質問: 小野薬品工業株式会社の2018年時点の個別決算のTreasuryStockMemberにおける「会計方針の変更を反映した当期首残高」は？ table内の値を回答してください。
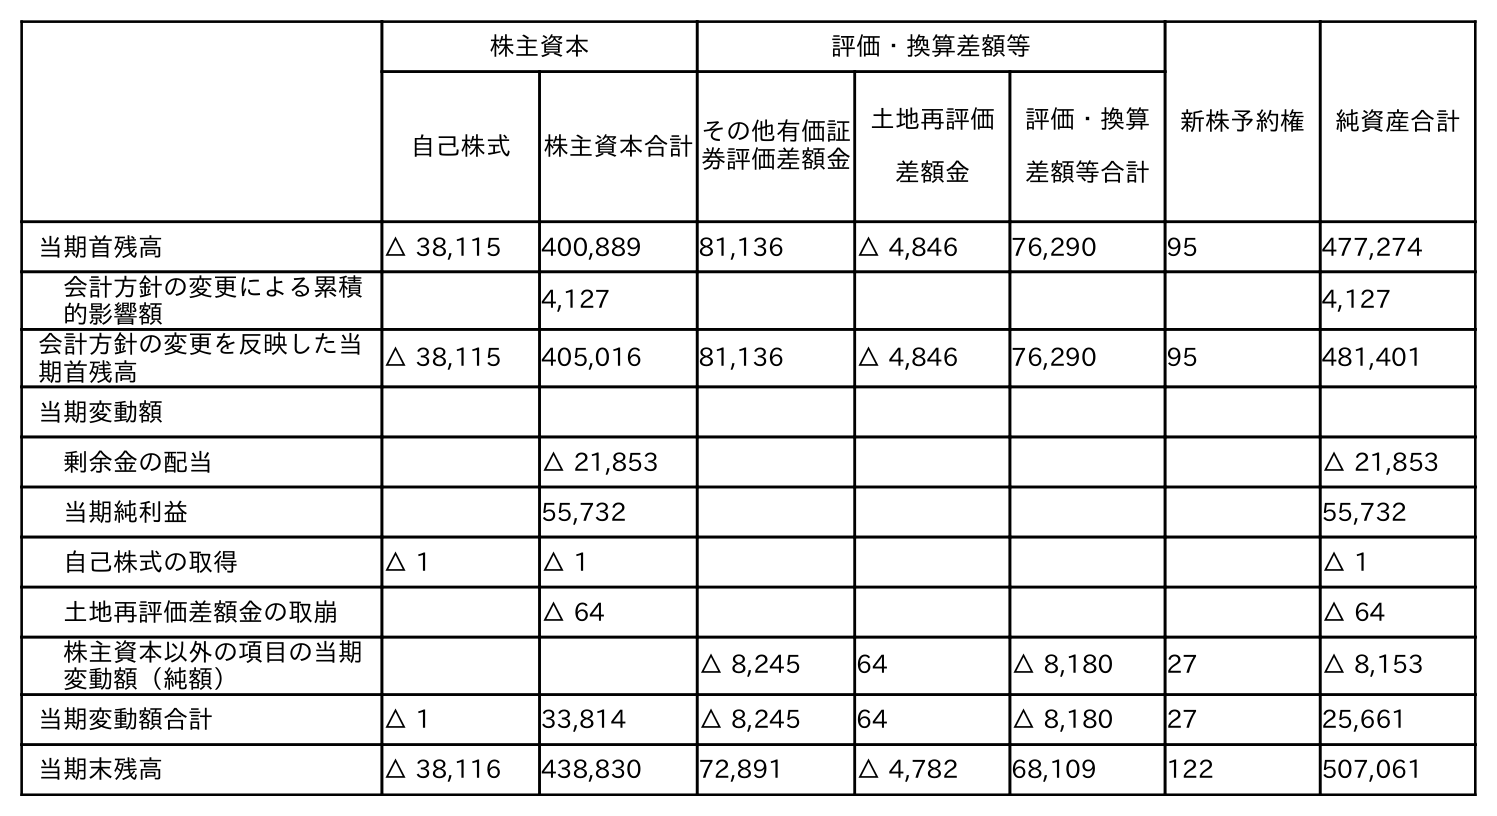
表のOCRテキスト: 株主資本 評価・換算差額等 新株予約権 純資産合計 自己株式 株主資本合計その他有価証 券評価差額金 土地再評価 差額金 評価・換算 差額等合計 当期首残高 △ 38,115 400,889 81,136 △ 4,846 76,290 95 477,274 会計方針の変更による累積 的影響額 4,127 4,127 会計方針の変更を反映した当 期首残高 △ 38,115 405,016 81,136 △ 4,846 76,290 95 481,401 当期変動額 剰余金の配当 △ 21,853 △ 21,853 当期純利益 55,732 55,732 自己株式の取得 △ 1 △ 1 △ 1 土地再評価差額金の取崩 △ 64 △ 64 株主資本以外の項目の当期 変動額（純額） △ 8,245 64 △ 8,180 27 △ 8,153 当期変動額合計 △ 1 33,814 △ 8,245 64 △ 8,180 27 25,661 当期末残高 △ 38,116 438,830 72,891 △ 4,782 68,109 122 507,061
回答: △38,115